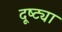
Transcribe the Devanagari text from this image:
दूष्ट्या